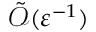
\tilde { \mathcal { O } } ( \varepsilon ^ { - 1 } )